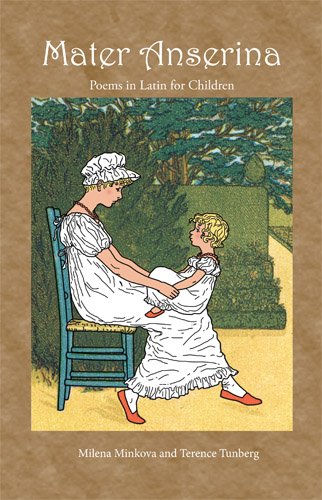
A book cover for Mater Anserina: Poems in Latin for Children with Audio CD (Latin Edition); Milena Minkova; Teen & Young Adult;